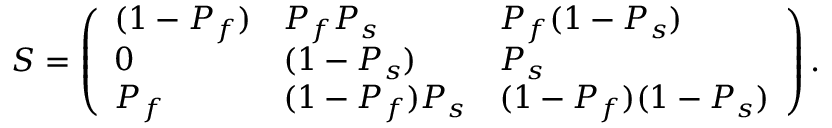
S = \left( \begin{array} { l l l } { { ( 1 - P _ { f } ) } } & { { P _ { f } P _ { s } } } & { { P _ { f } ( 1 - P _ { s } ) } } \\ { { 0 } } & { { ( 1 - P _ { s } ) } } & { { P _ { s } } } \\ { { P _ { f } } } & { { ( 1 - P _ { f } ) P _ { s } } } & { { ( 1 - P _ { f } ) ( 1 - P _ { s } ) } } \end{array} \right) .